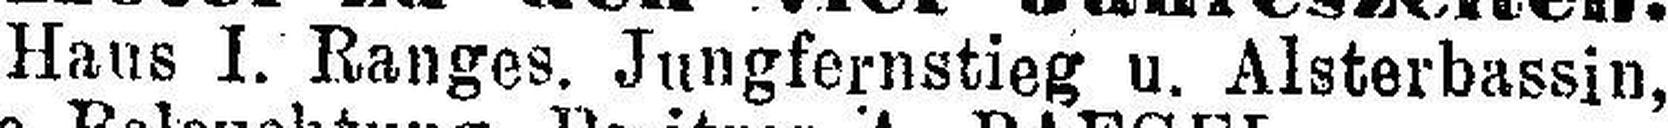
Haus I. Ranges. Jungfernstieg u. Alsterbassin,